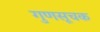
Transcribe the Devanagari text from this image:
गुणसूचक